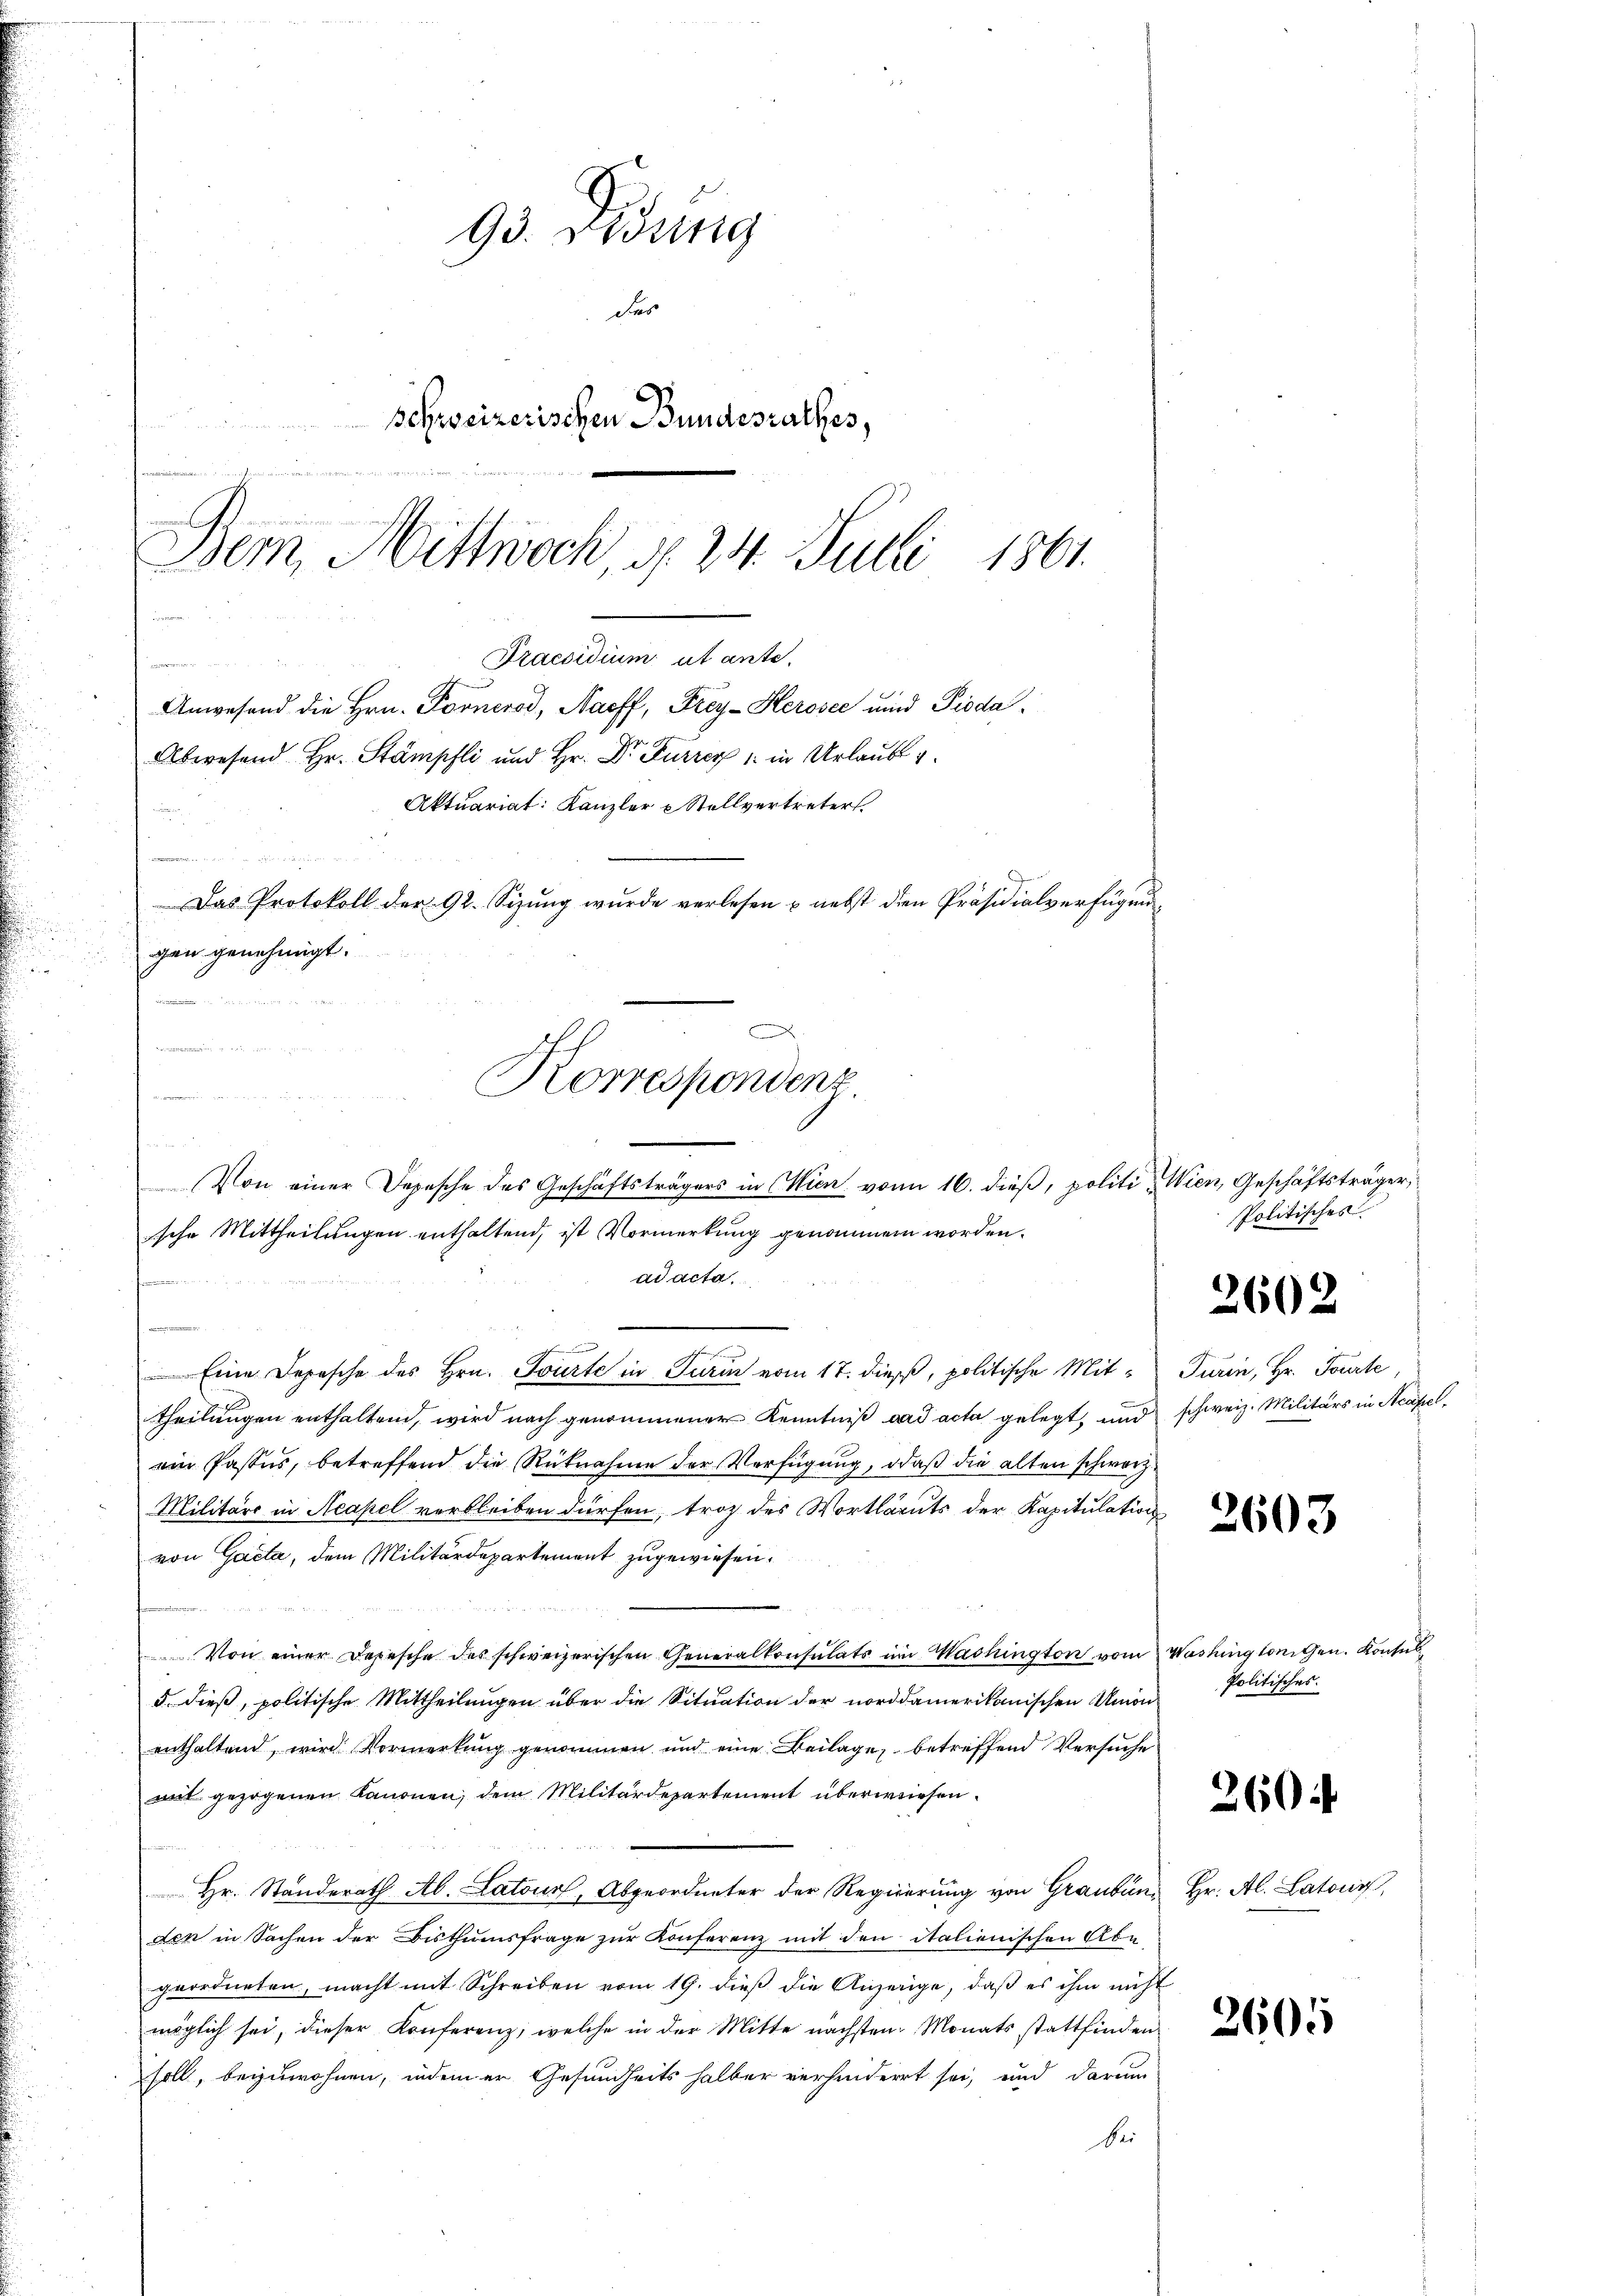
93. Didung
des
Schweizerischen Bundesrathes,
Bem, Mittwoch, d. 24. Julii 1861.
222 2

Praesidium ut ante.
Anwesend die Hrn. Fornerod, Naeff, Frey-Herosec und Pioda¬
Abwesend Hr. Stämpfli und Hr. Dr. Furren 1 in Urlaube

Aktuariat: Kanzler & Stellvertreters
Das Protokoll der 92. Sizung wurde verlesen & nebst den Präsidialverfügung
gen genehmigt.

Korrespondenz
Von einer Depesche des Geschäftsträgers in Wien von 16. dieß, politi¬

n

n

sche Mittheilungen enthaltend, ist Vormerkung genommen worden.
ad acta,
 Vierte
n
a
Eine Depesche des Hrn. Tourte in Turin vom 17. dieß, politische Mittheilungen enthaltend, wird nach genommener Kenntniß vad acta gelegt, und
ein Pastes, betreffend die Rücknahme der Verfügung, daß die alten schwarz¬
Militärs in Neapel verbleiben dürfen, troz des Wortlauts der Kapitulation
von Gacta, dem Militärdepartement zugewiesen.
Von einer Depesche des schweizerischen Generalkonsulats im Washington vom Washingtonigen. Konsul
5. dieß, politische Mittheilungen über die Situation der norddamerikanischen Union
enthaltend, wird Vormerkung genommen und eine Beilage, betreffend Versuche
mat gezogenen Kanonen, dem Militärdepartement überwiesen.
Hr. Standerath Ab. Latour, Abgeordneter der Regierung von Graubünden in Sachen der Bisthumsfrage zur Konferenz mit den italienischen Abe
geordneten, macht mit Schreiben vom 19. dieß die Anzeige, daß es ihm nicht
möglich sei, dieser Konferenz, welche in der Mitte nächsten Monats stattfindensoll, beizuwohnen, indem er Gesundheits halber verhindert sei, und darum
bei

.

Wien, Geschäftsträger
Politisches.

2602

Turin, Hr. Tourte,
schweiz. Militärs in Neapel,

2603

Politisches.

260

Hr. Al. Latonis

2605